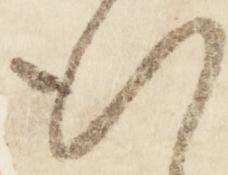
行